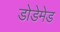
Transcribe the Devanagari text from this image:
डोडेमेड